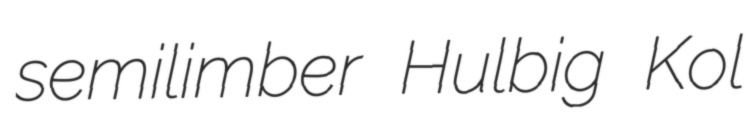
semilimber Hulbig Kol